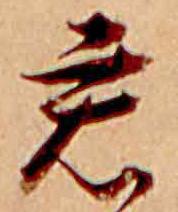
君